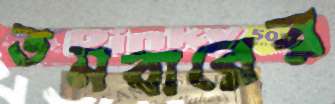
তমবারের